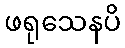
ဖရုသေနပိ